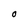
Character: O